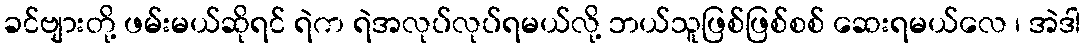
ခင်ဗျားတို့ ဖမ်းမယ်ဆိုရင် ရဲက ရဲအလုပ်လုပ်ရမယ်လို့ ဘယ်သူဖြစ်ဖြစ်စစ် ဆေးရမယ်လေ ၊ အဲဒါ